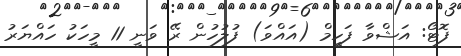
ފޮޓޯ: އަޝްވާ ފަހީމް (އައްވަ) ފުލުހުން ރޭ ވަނީ 11 މީހަކު ހައްޔަރު